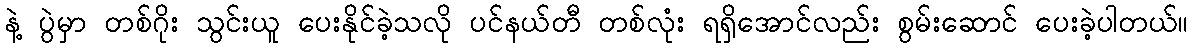
နဲ့ ပွဲမှာ တစ်ဂိုး သွင်းယူ ပေးနိုင်ခဲ့သလို ပင်နယ်တီ တစ်လုံး ရရှိအောင်လည်း စွမ်းဆောင် ပေးခဲ့ပါတယ်။